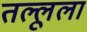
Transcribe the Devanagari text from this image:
तल्लूला